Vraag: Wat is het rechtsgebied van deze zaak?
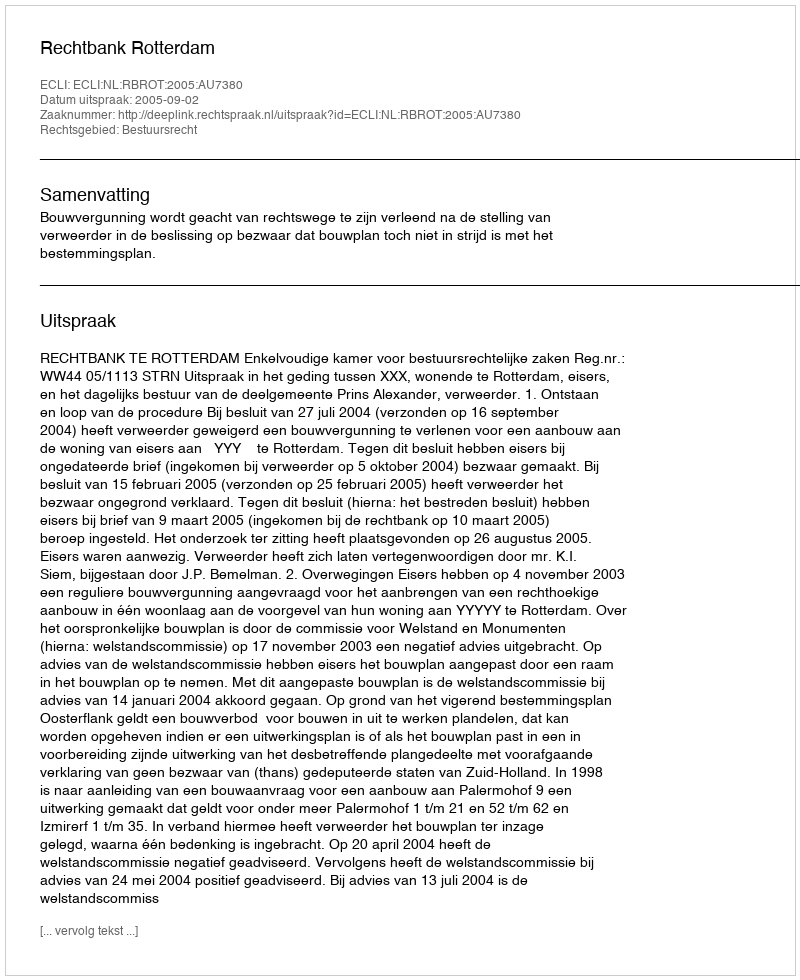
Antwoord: Bestuursrecht